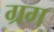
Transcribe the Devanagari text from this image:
ग्रग